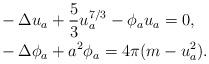
LaTeX: \begin{align*} &- \Delta u_{a} + \frac{5}{3} u_{a}^{7/3} - \phi_{a} u_{a} = 0, \\ &- \Delta \phi_{a} + a^{2} \phi_{a} = 4\pi (m - u_{a}^{2}). \end{align*}